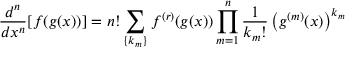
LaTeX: { \frac { d ^ { n } } { d x ^ { n } } } [ f ( g ( x ) ) ] = n ! \sum _ { \{ k _ { m } \} } ^ { } f ^ { ( r ) } ( g ( x ) ) \prod _ { m = 1 } ^ { n } { \frac { 1 } { k _ { m } ! } } \left( g ^ { ( m ) } ( x ) \right) ^ { k _ { m } }